Vital statistics of India. Vol. IV, Annual returns from 1871 to 1876. British Army of India, Native Army and jails of Bengal
Year: 1871
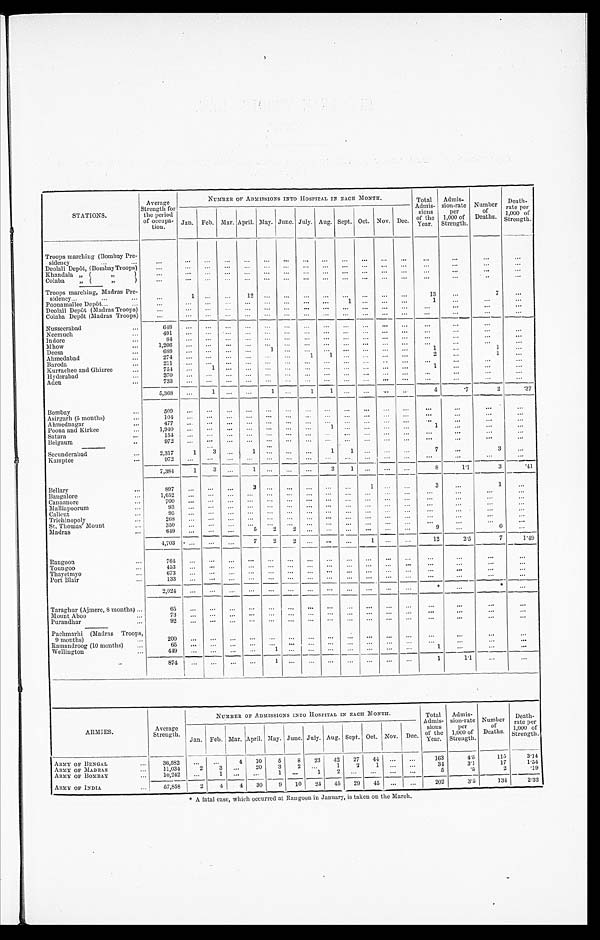
STATIONS.
Average
Strength for
the period
of occupa-
tion .
NUMBER Or ADMISSIONS INTO HOSPITAL IN EACH MONTH.
Total
Admis-
sions
of the
Y ear.
Admis-
sion-rate
per
1,000 of
Strength.
Number
of
Deaths.
Death-
rate per
1,000 of
Strength.
Jan. Feb. Mar. April. May. June. Jul y. Aug Sept . oct. Nov. Dec.
Troops marching (Bombay Pre-
sidencey
. . . ...
...
. . .
. . .
. . .
. . . . ...
...
...
...
...
...
...
...
. . .
. . . ...
...
Deolali Depôt,(BombayTroops) . . .
. . .
...
...
. . .
...
. . . ...
...
. . . ...
...
...
...
. . .
. . .
. . .
. . .
Khandala ,,
,,
...
. . .
...
...
...
...
...
...
...
...
...
...
...
. . .
. . .
. . .
...
Colaba
,,
,,
. . .
. . .
. . .
. . .
. . .
. . .
. . .
. . .
. . .
. . .
. . . . . .
. . .
. . .
. . .
. . .
. . .
Troops marching, Madras Pre-
sidency...
...
...
. . .
1
. . . . . 12
. . . . . .
. . .
...
...
...
...
. . .
13
...
7
...
Poonamallee Depôt ..
...
...
...
...
...
...
...
...
...
...
1
. . . . . .
. . .
1
. . .
. . .
. . .
Deolali Depôt (Madras Troops)
...
...
...
. . .
...
...
. . .
. . .
. . .
. . .
. . .
. . .
. . .
...
...
. . .
. . .
Colaba Depôt (Madras Troops)
...
. . .
. . .
. . .
...
. . .
. . .
. . . ...
...
...
...
... . . .
. . . ...
...
Nusseerabad
...
6 4 8
. . .
. . . . . .
. . .
. . .
. . .
. . .
. . .
. . .
. . . . . .
. .
. . .
. . .
. . .
. . .
Neemuch
. . .
401
...
...
...
...
...
...
...
..
...
...
...
...
...
. . .
. . .
Indore
...
84
. . . ...
...
...
. . . . . .
. . . .
. . .
. . .
. . .
. . .
. . .
. . .
. . .
. . .
. . .
Mhow
...
1 , 2 0 6
. . .
. . . . . .
. . .
. . .
. . .
. . .
. . .
. . .
. . . . . .
. . .
. . .
. . .
. . .
. . .
Deesa
...
688
...
. . .
. . .
. . .
1
. . .
. . .
. . .
. . .
. . . . . .
. . .
1
...
1
...
Ahmedabad
274
...
. . . . . .
...
. . . . . .
1
1
. . .
. . . . . . ...
2
...
1
...
Baroda
...
211
...
. . . ...
. . . . . . ...
...
. . . . ...
...
. . .
...
...
. . .
. . .
...
Kurrachee and Ghizree
...
754
. . .
1
. . .
. . .
. . .
. . .
. . .
. . .
. . .
. . . . . .
. . .
1
. . .
. . .
. . .
Hyderabad
. . .
370
. . .
. . .
. . .
. . .
. . .
. . . . . .
. . . . . .
. . .
. . . ...
...
...
...
...
Aden
. . .
733
. . . . .
. . .
. . .
. . .
. . .
. . .
. . .
. . .
. . .
. . .
. . .
. . .
. . .
. . .
. . .
. . .
Bombay
. . .
5,368
...
1 . . .
. . .
1
. . . 1
1
. . .
. . . . . .
. . .
4
. 7
2
. 3 7
509
. . .
. . . . . .
. . .
. . . ...
...
...
...
...
...
...
...
...
...
. . .
Asirgarh (5 mouths)
...
104
. . .
. . . ...
. . .
. . .
. . .
. . .
. . . ...
...
. . . ...
. . .
. . .
. . .
. . .
Ahmednagar
...
477
. . .
. . . . . .
. . .
. . .
. . .
. . .
. . .
. . .
. . . . . .
. . .
. . .
. . .
. . .
. . .
Poona and Kirkee
. . .
1,940
...
. . . . . .
. . .
. . .
. . . .
. . .
1
. . . ...
. . .
. . .
1
. . .
. . .
. . .
Satara
...
154
...
. . . ...
...
. . . . . .
. . .
. . .
. . . ...
. . .
...
. . .
. . .
. . .
. . .
Belgaum
. .
9 7 2
. . .
. . . . . .
. . .
. . .
. . .
. . .
. . . ...
. . . . . . ...
...
. . .
. . .
. . .
...
. . .
Secunderabad
...
2,317
1
3
. . .
1
. . .
. . .
. . .
1
1
. . . . . .
. . .
7
...
3
...
Kamptee
...
972
. . .
. . . . . .
. . .
. . . . . ...
. . .
. . .
. . .
. . .
. . .
. . .
. . .
. . .
. . .
Bellary
...
7,384
1
3
. . .
1
. . .
. . . ...
2
1 ...
...
...
8
1 . 1
3
. 4 1
897
...
...
...
2
. . .
. . .
. . . ...
...
1
. . .
. . .
3
...
1
. . .
Bangalore
. . .
1,652
...
. . . ...
. . . ...
. . . ...
...
. . . ...
. . . ...
. . .
...
. . .
. . .
Cannanore
...
7 0 0
. . .
. . . . . .
. . .
. . . . . .
. . .
. . .
. . .
. . .
. . .
. . .
. . .
. . .
. . .
. . .
Malliapoorum
...
93
. . .
. . .
. . .
. . .
. . .
. . . ...
...
...
...
...
...
. . .
. . .
. . .
. . .
Calieut
...
95
. . .
. . . . . .
. . .
. . . . . .
. . .
. . .
. . .
. . .
. . .
. . .
. . .
. . .
. . .
. . .
Trichinopoly
...
268
. . .
. . . . . .
. . .
. . .
. . .
. . .
. . .
. . .
. . .
. . .
. . .
. . .
. . .
. . .
. . .
St, Thomas' Mount
...
350
...
. . .
. . . ...
. . . ...
...
...
...
...
...
...
. . .
. . . ...
. . .
Madras
...
649
...
...
. . .
5
. . .
2
. . .
. . . . . .
...
...
...
9
. .
6
. . .
Rangoon
4,703
...
. . .
. . .
7
2
2
. . .
. . .
. . .
1
. . .
. . .
12
2.5
7
1.49
...
764
. . .
. . .
. . .
. . .
. . .
. . .
. . .
. . .
. . .
. . .
. . .
. . .
. . .
. . .
. . .
. . .
Toungoo
...
453
. . .
. . . . . .
. . .
. . . . . .
. . .
. . .
. . .
. . . . . .
. . .
. . .
. . .
. . .
. . .
Thayetmyo
...
673
. . .
. . . ...
. . .
. . . ...
...
...
. . .
. . . . . .
. . .
. . .
. . .
. . .
. . .
Port Blair
...
133
...
. . . ...
. . . . . .
. . .
. . .
. . .
. . .
. . .
. . .
. . .
. . .
. . .
. . .
. . .
Taraghur (Ajmere, 8 months)...
6 5
. . .
. . .
. . .
. . .
. . .
. . .
. . .
. . .
. . .
. . . . . . ...
. . .
. . .
. . .
. . .
Mount Aboo
...
73
. . .
. . .
. . .
. . .
. . .
. . .
. . .
. . .
. . . .
. . .
. . .
. . .
. . .
. . .
. . .
. . .
Puraudhar
...
92
. . .
. . .
. . .
. . .
. . .
. . .
. . .
. . .
. . .
. . .
. . .
. . .
. . .
. . .
. . .
. . .
Paehmarhi (Madras Troops,
9 months)
...
200
. . .
. . .
. . .
. . .
. . .
. . .
. . .
. . .
. . .
. . . . . .
. . .
. . .
. . .
. . .
. . .
Ramandroog (10 months)
...
6 5
. . .
. . .
. . .
. . .
. . . . . .
. . .
. . .
. . .
. . .
. . .
. . .
. . .
. . .
. . .
. . .
Wellington
...
4 4 9
. . .
. . .
. . .
. . .
1
. . .
. . .
. . .
. . .
. . . . . .
. . .
1
. . .
. . .
. . .
874
...
...
. . . ...
1 ...
. . .
. . .
. . . ...
...
...
1
1.1
. . .
. . .
ARMIES.
Average
Strength.
NUMBER OF ADMISSIONS INTO HOSPITAL IN EACH MONTH.
Total
Admis-
sions
of the
Year.
Admis-
sion-rafte
per
1 000 of
Strength.
Number
of
Deaths.
Death-
rate per
1,000 of
Strength.
Jan. Feb. Mar. April. May. June. July. Aug. Sept. Oct. Nov. Dec.
ARMY OF BENGAL
...
3 6 , 5 8 2
. . .
. . . 4
10
5
8
23
42
27
44 ...
...
163
4.5
115
31.4
3.1
17
1.54
...
1 1 , 0 3 4 2
3
. . . 20
3
2 ...
1
2
1
. . .
. . .
31
ARMY OF MADRAS
. 1 9
5
5
2
ARMY OF BOMBAY
...
10,242
...
1
. . .
. . .
1
. . . 1
2
. . . ...
...
. . .
ARMY OF INDIA
...
5 7 , 8 5 8
2
4
4
30
9
10
24
45
29
45 ...
. . . 202
3.5
134
2.32
‫٭‬A
f a t a l c a s e , w h i c h o c c u r r e d a t R a n g o o n i n J a n u a r y , i s t a k e n o n t h e M a r c h .